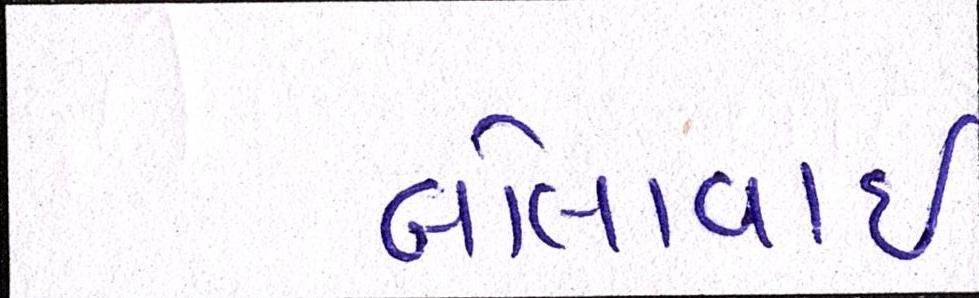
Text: બોલાવાઇ